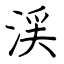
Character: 渓